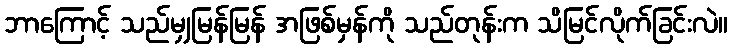
ဘာကြောင့် သည်မျှမြန်မြန် အဖြစ်မှန်ကို သည်တုန်းက သိမြင်လိုက်ခြင်းလဲ။